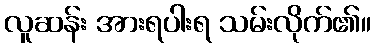
လူဆန်း အားရပါးရ သမ်းလိုက်၏။